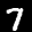
Label: 7